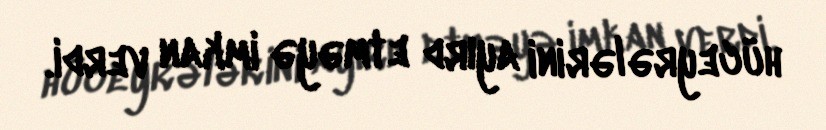
hüceyrələrini ayırd etməyə imkan verdi.